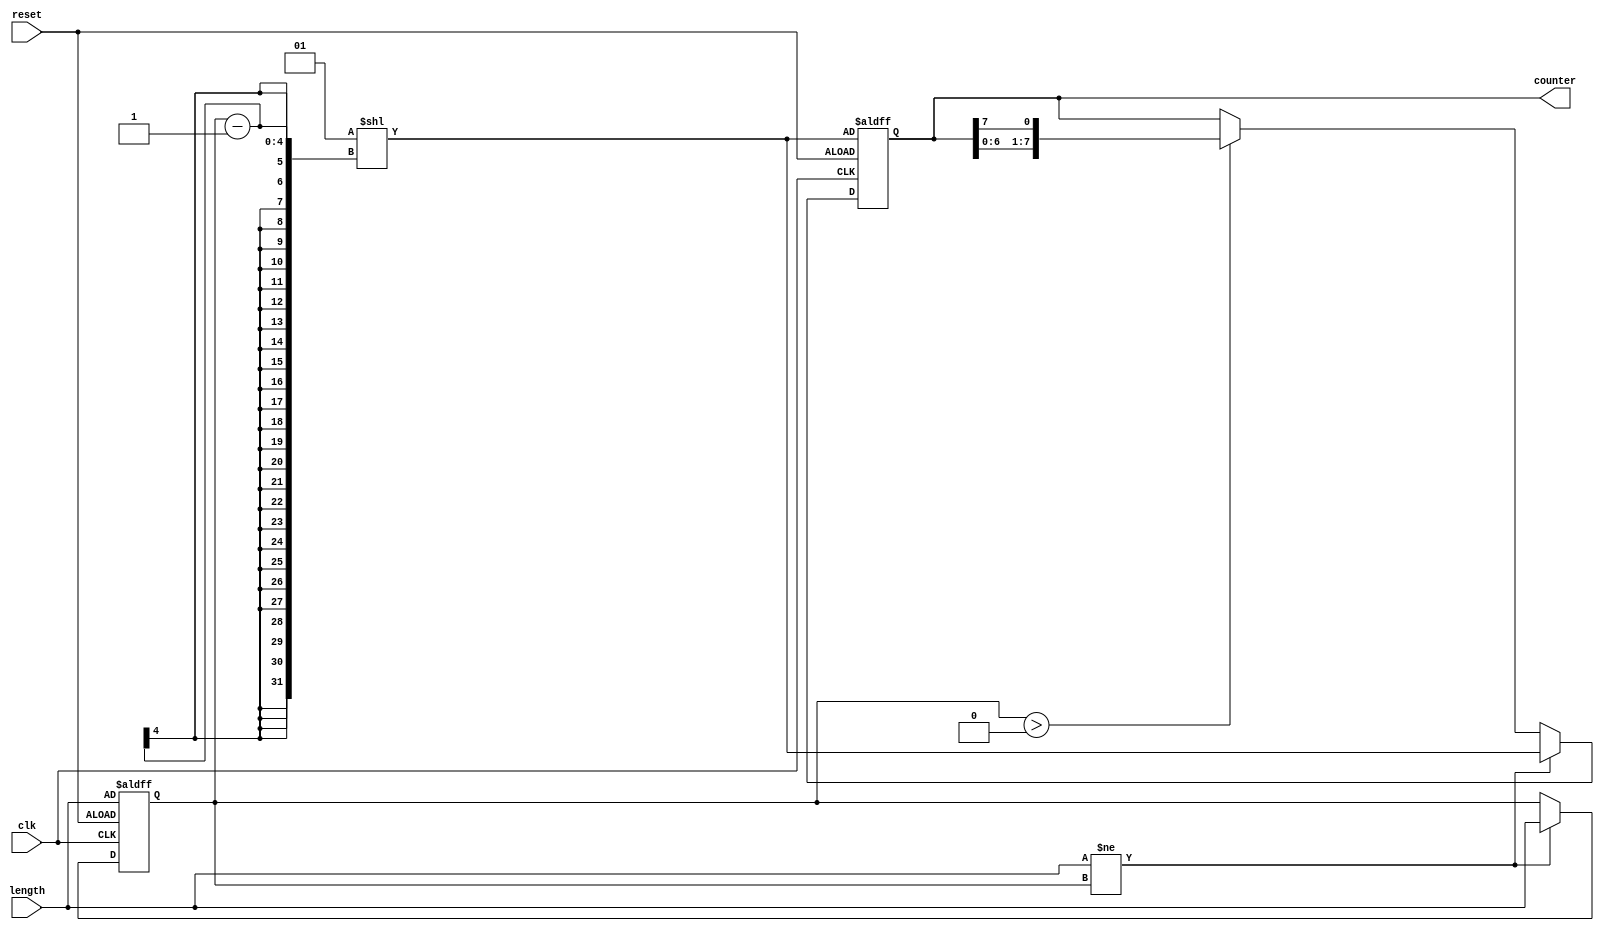
module variable_length_ring_counter #(
    parameter MAX_LENGTH = 8 // Maximum length of the ring counter
)(
    input wire clk,            // Clock signal
    input wire reset,          // Reset signal
    input wire [3:0] length,   // Desired length of the ring counter (up to MAX_LENGTH)
    output reg [MAX_LENGTH-1:0] counter // Current state of the ring counter
);

    // Internal variable to hold the actual length of the counter
    reg [3:0] current_length;

    // Initialize the counter
    always @(posedge clk or posedge reset) begin
        if (reset) begin
            // Reset the counter to the initial state
            current_length <= length;
            counter <= (1 << (current_length - 1)); // Set the first bit to '1'
        end else if (length != current_length) begin
            // If the length changes, reinitialize the counter
            current_length <= length;
            counter <= (1 << (current_length - 1)); // Set the first bit to '1'
        end else begin
            // Shift the counter left and wrap around
            if (current_length > 0) begin
                counter <= {counter[MAX_LENGTH-2:0], counter[MAX_LENGTH-1]};
            end
        end
    end

endmodule